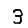
Digit: 3